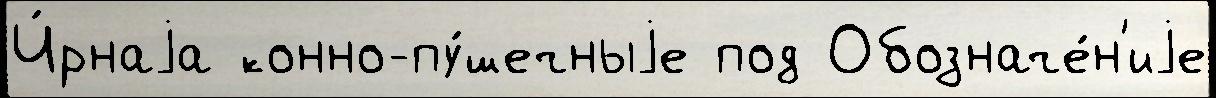
Ч́рнаjа конно-пу́шечныjе под Обозначе́н'иjе